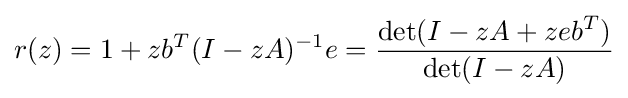
r(z)=1+zb^{T}(I-zA)^{-1}e={\frac {\det(I-zA+zeb^{T})}{\det(I-zA)}}